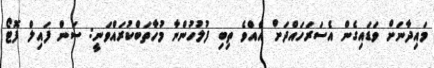
މައިދާނަށް ވަޑައިގެން އެސަރަހައްދަށް އެއްވެ ތިބި ފުލުހުންނާ މުހާތަބްކުރައްވަނީ: ސަން ފައިލް ފޮޓޯ